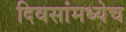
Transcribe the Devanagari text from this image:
दिवसांमध्येच